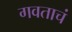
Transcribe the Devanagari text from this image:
गवताचं